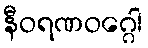
နီဝရဏဝဂ္ဂေါ